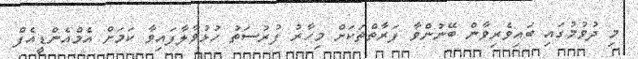
މި ދުވުމުގައި ބައިވެރިވާން ބޭނުންވާ ފަރާތްތަކަށް މިހާރު ފުރުސަތު ހުޅުވާލާފައިވާ ކަމަށް އެމްއެންޑީއެފް